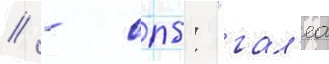
// - спб: "гал'еа